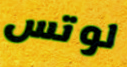
لوتس